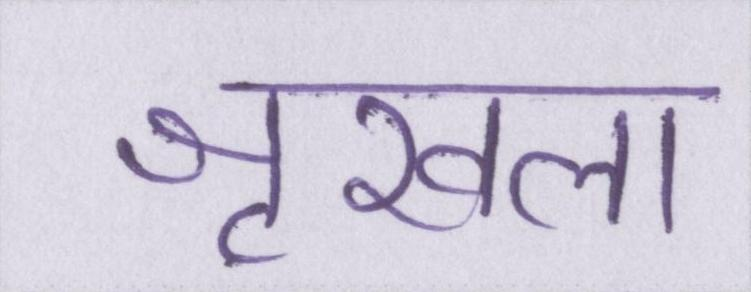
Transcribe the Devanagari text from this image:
शृखला